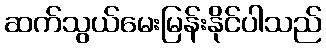
ဆက်သွယ်မေးမြန်းနိုင်ပါသည်